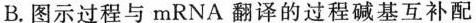
B.图示过程与mRNA翻译的过程碱基互补配